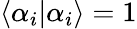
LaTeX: \langle\alpha_{i}|\alpha_{i}\rangle=1